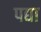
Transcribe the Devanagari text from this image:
पद्या